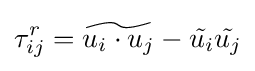
\tau _{ij}^{r}={\widetilde {u_{i}\cdot u_{j}}}-{\tilde {u_{i}}}{\tilde {u_{j}}}